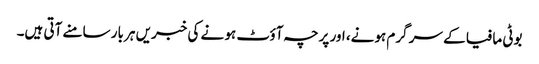
بوٹی مافیا کے سر گرم ہونے، اور پرچہ آؤٹ ہو نے کی خبریں ہر بار سامنے آتی ہیں۔